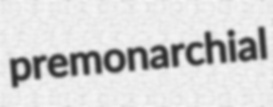
premonarchial